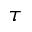
\tau